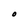
Character: O